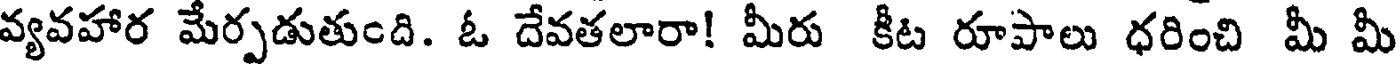
వ్యవహార మేర్పడుతుంది. ఓ దేవతలారా! మీరు కీట రూపాలు ధరించి మీ మీ